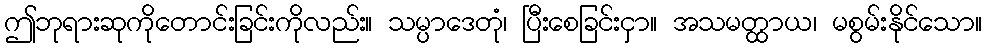
ဤဘုရားဆုကိုတောင်းခြင်းကိုလည်း။ သမ္ပာဒေတုံ၊ ပြီးစေခြင်းငှာ။ အသမတ္ထာယ၊ မစွမ်းနိုင်သော။